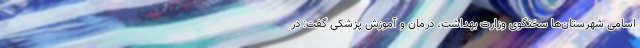
اسامی شهرستان‌ها سخنگوی وزارت بهداشت، درمان و آموزش پزشکی گفت: در